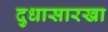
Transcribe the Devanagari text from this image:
दुधासारखा